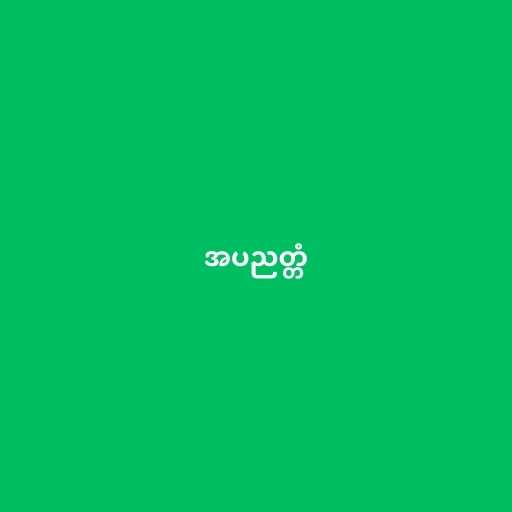
အပညတ္တံ